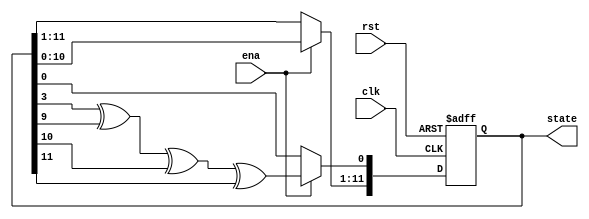
module lfsr12(clk, rst, ena, state);
	input clk, rst, ena;
	output [11:0] state;
	reg [11:0] state;
	always @(posedge rst or posedge clk) begin
		if (rst == 1) begin
			state <= 1;
		end else if (ena) begin
			state[11:1] <= state[10:0];
			state[0] <= state[3] ^ state[9] ^ state[10] ^ state[11];
		end
	end
endmodule